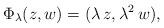
LaTeX: \begin{align*}\Phi_\lambda( z,w) = (\lambda\,z, \lambda^2\,w),\end{align*}